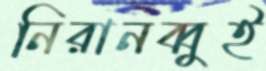
নিরানব্বুই